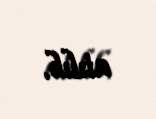
atılıb.